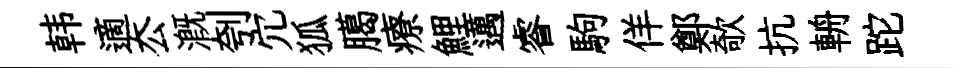
韩適厺溉刳宂狐臈療鯉邁睿駒佯鄭欹抗輈跎